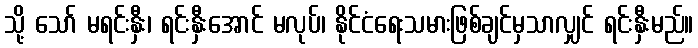
သို့ သော် မရင်းနှီး၊ ရင်းနှီးအောင် မလုပ်၊ နိုင်ငံရေးသမားဖြစ်ချင်မှသာလျှင် ရင်းနှီးမည်။